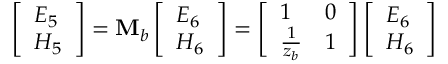
\left[ \begin{array} { l } { E _ { 5 } } \\ { H _ { 5 } } \end{array} \right] = \mathbf { M } _ { b } \left[ \begin{array} { l } { E _ { 6 } } \\ { H _ { 6 } } \end{array} \right] = \left[ \begin{array} { l l } { 1 } & { 0 } \\ { \frac { 1 } { z _ { b } } } & { 1 } \end{array} \right] \left[ \begin{array} { l } { E _ { 6 } } \\ { H _ { 6 } } \end{array} \right]